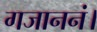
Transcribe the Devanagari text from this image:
गजाननं।